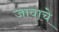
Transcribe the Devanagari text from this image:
जावाचे